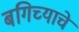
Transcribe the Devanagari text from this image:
बगिच्याचे